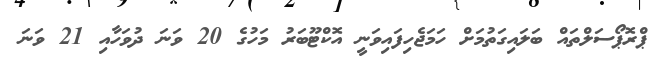
ޕްރޮޕޯސަލްތައް ބަލައިގަތުމަށް ހަމަޖެހިފައިވަނީ އޮކްޓޫބަރު މަހުގެ 20 ވަނަ ދުވަހާއި 21 ވަނަ